Plague in India, 1896, 1897 - Volume 3
Year: 1896
Disease focus: Plague
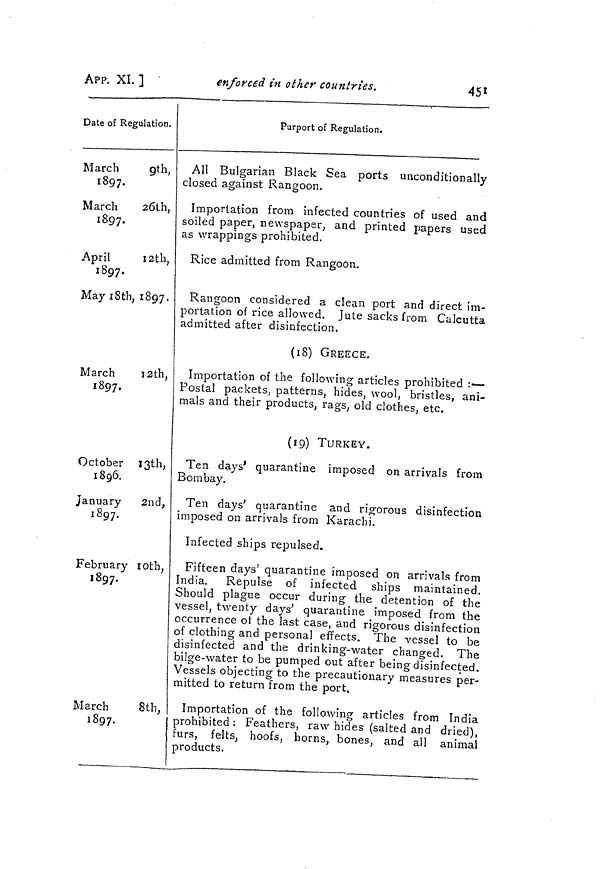
45l
APP. XI. ]
enforced in other countries.
Date of Regulation.
March
9th,
1897-
March
26th,
1897.
April
12th,
1897.
May 18th, 1897.
March
12th,
1897-
October 13th,
1896.
January 2nd,
1897.
February 10th,
1897.
March
8th,
1897.
Purport of Regulation.
All Bulgarian Black Sea ports unconditionally
closed against Rangoon.
Importation from infected countries of used and
soiled paper, newspaper, and printed papers used
as wrappings prohibited.
Rice admitted from Rangoon.
Rangoon considered a clean port and direct im-
portation of rice allowed. Jute sacks from Calcutta
admitted after disinfection.
(18) GREECE.
Importation of the following articles prohibited : —
Postal packets, patterns, hides, wool, bristles, ani-
mals and their products, rags, old clothes, etc.
(19) TURKEY.
Ten days' quarantine imposed on arrivals from
Bombay.
Ten days' quarantine and rigorous disinfection
imposed on arrivals from Karachi.
Infected ships repulsed.
Fifteen days' quarantine imposed on arrivals from
India. Repulse of infected ships maintained.
Should plague occur during the detention of the
vessel, twenty days' quarantine imposed from the
occurrence oí the last case, and rigorous disinfection
of clothing and personal effects. The vessel to be
disinfected and the drinking-water changed. The
bilge-water to be pumped out after being disinfected.
Vessels objecting to the precautionary measures per-
mitted to return from the port.
Importation of the following articles from India
prohibited: Feathers, raw hides (salted and dried),
furs, felts, hoofs, horns, bones, and all animal
products.